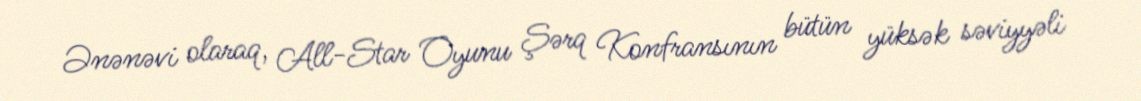
Ənənəvi olaraq, All-Star Oyunu Şərq Konfransının bütün yüksək səviyyəli